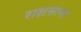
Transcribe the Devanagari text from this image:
राक्षसाना